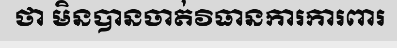
ថា មិនបានចាត់វិធានការការពារ